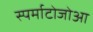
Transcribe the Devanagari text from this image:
स्पर्माटोजोआ